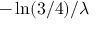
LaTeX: - \ln ( 3 / 4 ) / \lambda